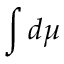
\int d \mu